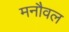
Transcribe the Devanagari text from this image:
मनौवल